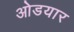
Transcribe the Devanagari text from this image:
ओडयार